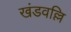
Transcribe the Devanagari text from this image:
खंडवल्लि